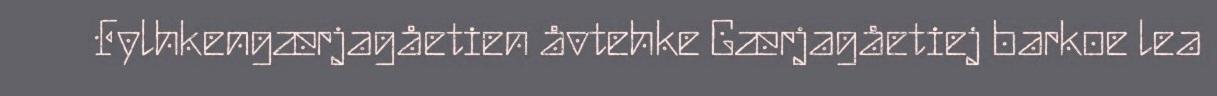
Fylhkengærjagåetien åvtehke Gærjagåetiej barkoe lea